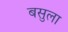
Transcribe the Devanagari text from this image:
बसुला